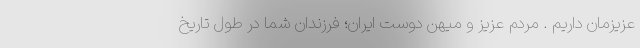
عزیزمان داریم . مردم عزیز و میهن دوست ایران؛ فرزندان شما در طول تاریخ